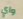
واي